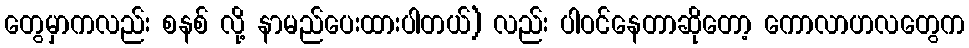
တွေမှာကလည်း စနစ် လို့ နာမည်ပေးထားပါတယ်) လည်း ပါဝင်နေတာဆိုတော့ ကောလာဟလတွေက